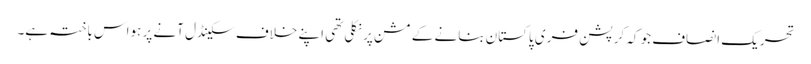
تحریک انصاف جو کہ کرپشن فری پاکستان بنانے کے مشن پر نکلی تھی اپنے خلاف سکینڈل آنے پر ہواس باختہ ہے۔